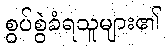
စွပ်စွဲခံရသူများ၏